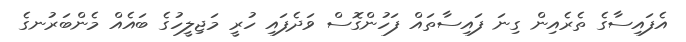
އެފައިސާގެ ތެރެއިން ގިނަ ފައިސާތައް ފަހުންގޮސް ވަދެފައި ހުރީ މަޖިލީހުގެ ބައެއް މެންބަރުނގެ